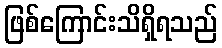
ဖြစ်ကြောင်းသိရှိရသည်